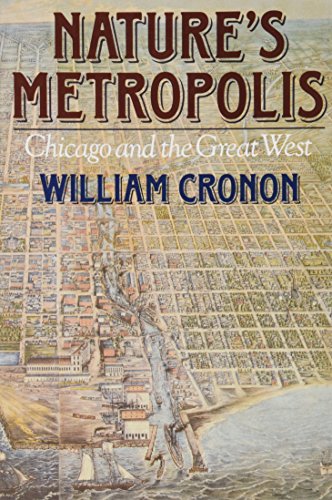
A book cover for Nature's Metropolis: Chicago and the Great West; William Cronon; Politics & Social Sciences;